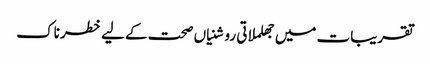
تقریبات میں جھلملاتی روشنیاں صحت کے لیے خطرناک